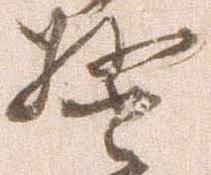
警